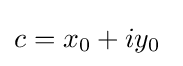
c=x_{0}+iy_{0}\